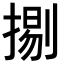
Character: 𢱦